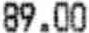
89.00